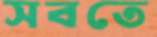
সবতে